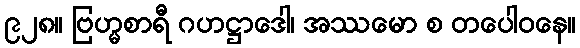
၉၂၈။ ဗြဟ္မစာရီ ဂဟဋ္ဌာဒေါ၊ အဿမော စ တပေါဝနေ။